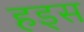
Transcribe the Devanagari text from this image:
हइस